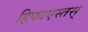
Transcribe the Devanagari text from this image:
हिफाएस्तस्‌